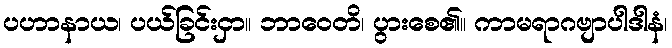
ပဟာနာယ၊ ပယ်ခြင်းငှာ။ ဘာဝေတိ၊ ပွားစေ၏။ ကာမရာဂဗျာပါဒါနံ၊